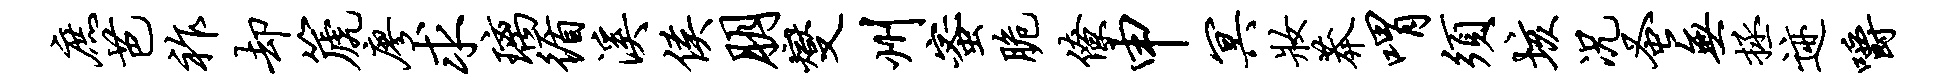
庶芭祚却篪廖求璃循溪侯朋燮州蜜脆僚申冥妆莽喟须垓况蚤无拯迹嚼